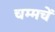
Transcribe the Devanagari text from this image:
चम्मचें